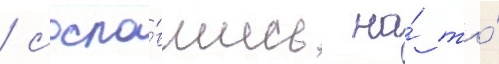
/ сосла́вшись на́ то́